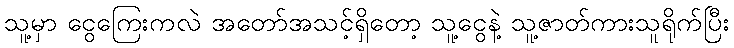
သူ့မှာ ငွေကြေးကလဲ အတော်အသင့်ရှိတော့ သူ့ငွေနဲ့ သူ့ဇာတ်ကားသူရိုက်ပြီး